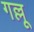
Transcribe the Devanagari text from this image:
गल्लू